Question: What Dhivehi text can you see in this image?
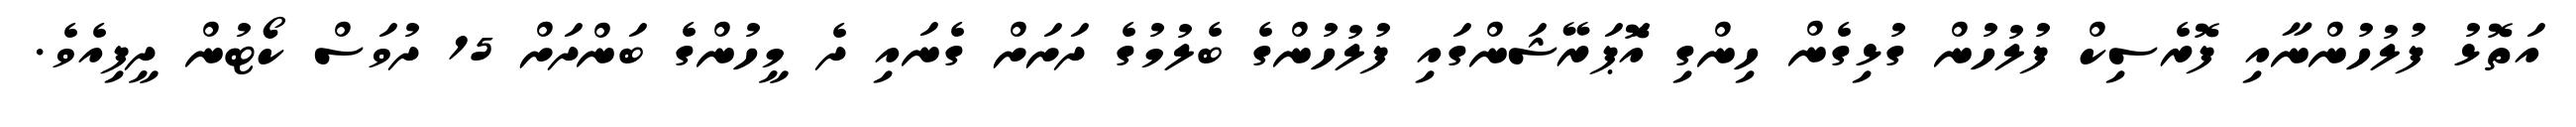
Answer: އަތޮޅު ފުލުހުންނާއި ފޮރެސިކް ފުލުހުން ގުޅިގެން ހިންގި އޮަޕަރޭޝަންގައި ފުލުހުންގެ ބެލުމުގެ ދަށަށް ގެނައި ދެ މީހުންގެ ބަންދަށް 15 ދުވަސް ކޯޓުން ދީފިއެވެ.